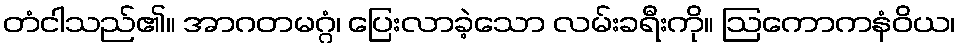
တံငါသည်၏။ အာဂတမဂ္ဂံ၊ ပြေးလာခဲ့သော လမ်းခရီးကို။ ဩကောကနံဝိယ၊